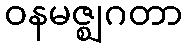
ဝနမဇ္ဈဂတာ